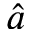
\widehat { a }